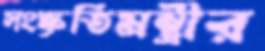
সংস্কৃতিমন্ত্রীর